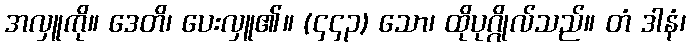
အလှူကို။ ဒေတိ၊ ပေးလှူ၏။ (၄၄၃) သော၊ ထိုပုဂ္ဂိုလ်သည်။ တံ ဒါနံ၊